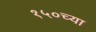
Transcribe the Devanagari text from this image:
१५०च्या